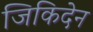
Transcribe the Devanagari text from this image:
जिकिदेन